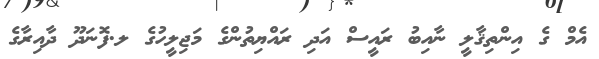
އެމް ގެ އިންތިޤާލީ ނާއިބު ރައީސް އަދި ރައްޔިތުންގެ މަޖިލީހުގެ ލ.ފޮނަދޫ ދާއިރާގެ